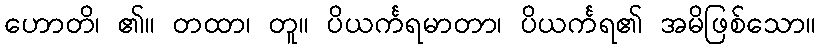
ဟောတိ၊ ၏။ တထာ၊ တူ။ ပိယင်္ကရမာတာ၊ ပိယင်္ကရ၏ အမိဖြစ်သော။